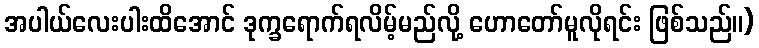
အပါယ်လေးပါးထိအောင် ဒုက္ခရောက်ရလိမ့်မည်လို့ ဟောတော်မူလိုရင်း ဖြစ်သည်။)